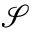
\mathcal { S }